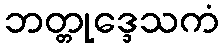
ဘတ္တုဒ္ဒေသကံ